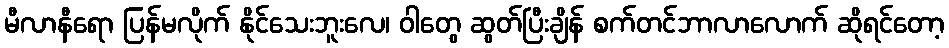
မီလာနီရော ပြန်မလိုက် နိုင်သေးဘူးလေ၊ ဝါတွေ ဆွတ်ပြီးချိန် စက်တင်ဘာလာလောက် ဆိုရင်တော့